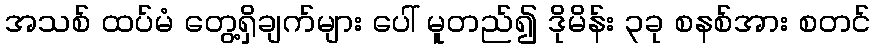
အသစ် ထပ်မံ တွေ့ရှိချက်များ ပေါ် မူတည်၍ ဒိုမိန်း ၃ခု စနစ်အား စတင်